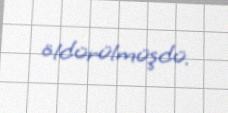
öldürülmüşdü.